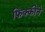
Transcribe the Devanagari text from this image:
फिक्कीने